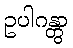
ဥပါဂန္တွာ